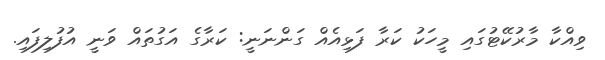
ވިއްކާ މާރުކޭޓުގައި މީހަކު ކަރާ ފަޅިއެއް ގަންނަނީ: ކަރާގެ އަގުތައް ވަނީ އުފުލިފައި.